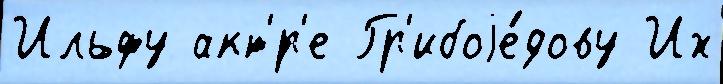
Ильфу акт'́р'е Гр'ибоjе́дову Их